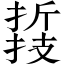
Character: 𢴛